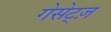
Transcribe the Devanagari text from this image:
गेसेट्ज़